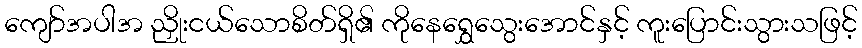
ကျော်အပါအ ညှိုးငယ်သောစိတ်ရှိ၏ ကိုနေရွှေသွေးအောင်နှင့် ကူးပြောင်းသွားသဖြင့်